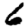
Digit: 6